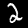
Label: 2